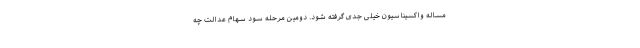
مساله واکسیناسیون خیلی جدی گرفته شود. دومین مرحله سود سهام عدالت چه